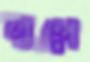
লুপে